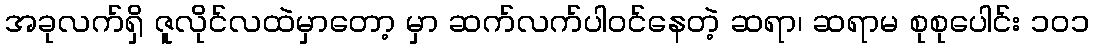
အခုလက်ရှိ ဇူလိုင်လထဲမှာတော့ မှာ ဆက်လက်ပါဝင်နေတဲ့ ဆရာ၊ ဆရာမ စုစုပေါင်း ၁၀၁